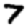
Digit: 7